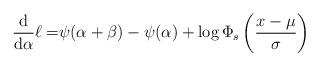
LaTeX: \begin{align*}\frac{\mathrm{d}}{\mathrm{d}\alpha}\ell=&\psi(\alpha+\beta) - \psi(\alpha) +\log\Phi_s\left(\frac{x-\mu}{\sigma}\right)\end{align*}